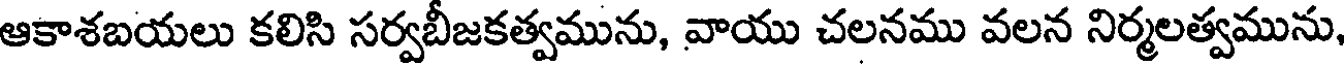
ఆకాశబయలు కలిసి సర్వబీజకత్వమును, వాయు చలనము వలన నిర్మలత్వమును,